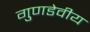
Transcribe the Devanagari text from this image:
गुणडेवीय